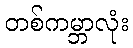
တစ်ကမ္ဘာလုံး